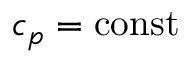
c _ { p } = \mathrm { c o n s t }